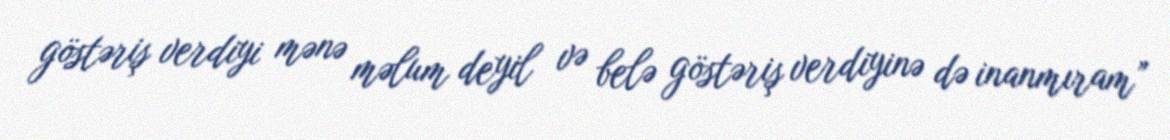
göstəriş verdiyi mənə məlum deyil və belə göstəriş verdiyinə də inanmıram”